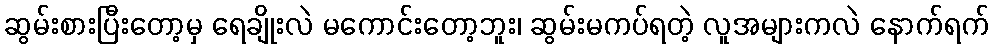
ဆွမ်းစားပြီးတော့မှ ရေချိုးလဲ မကောင်းတော့ဘူး၊ ဆွမ်းမကပ်ရတဲ့ လူအများကလဲ နောက်ရက်